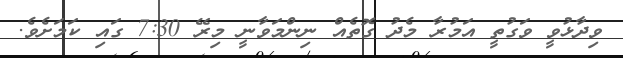
ވިދާޅުވީ ވަގުތީ އަމުރާ މެދު ގޮތެއް ނިންމަވާނީ މިރޭ 7:30 ގައި ކަމަށެވެ.